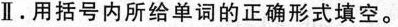
Ⅱ.用括号内所给单词的正确形式填空.